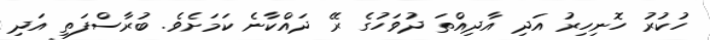
ހުކުރު ހޮނިހިރު އަދި އާދިއްތަ ދުވަހުގެ ރޭ ދައްކާނެ ކަމަަށެވެ. ބުރާސްފަތި އަދި